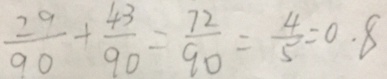
\frac { 2 9 } { 9 0 } + \frac { 4 3 } { 9 0 } = \frac { 7 2 } { 9 0 } = \frac { 4 } { 5 } = 0 . 8